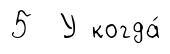
5 У когда́